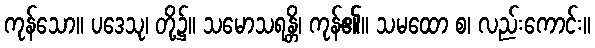
ကုန်သော။ ပဒေသု၊ တို့၌။ သမောသရန္တိ၊ ကုန်၏။ သမထော စ၊ လည်းကောင်း။